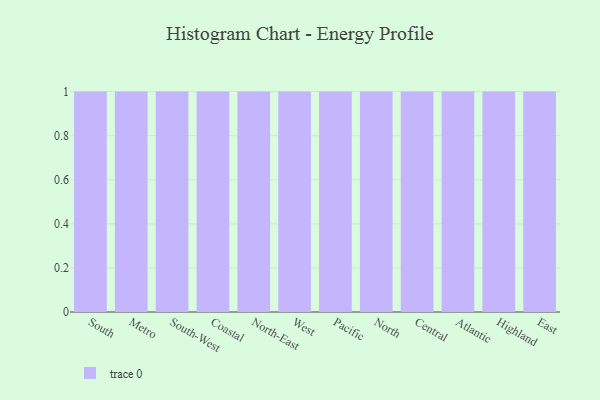
{"axis": {"x": "Region", "y": "Backlog"}, "legend": [""], "data": [{"x": "South", "y": 60, "type": ""}, {"x": "Metro", "y": 33, "type": ""}, {"x": "South-West", "y": 97, "type": ""}, {"x": "Coastal", "y": 52, "type": ""}, {"x": "North-East", "y": 91, "type": ""}, {"x": "West", "y": 40, "type": ""}, {"x": "Pacific", "y": 64, "type": ""}, {"x": "North", "y": 20, "type": ""}, {"x": "Central", "y": 44, "type": ""}, {"x": "Atlantic", "y": 5, "type": ""}, {"x": "Highland", "y": 22, "type": ""}, {"x": "East", "y": 10, "type": ""}]}